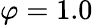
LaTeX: \varphi=1.0